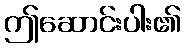
ဤဆောင်းပါး၏